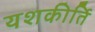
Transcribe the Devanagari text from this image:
यशकीर्ति